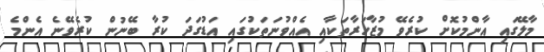
މާލޭގައި އާންމުކޮށް ކުރެވޭ މުޒާހަރާތަކާއި އެއްވުނަތަކުގައި އަޑުގަދަ ކުރާ ބޭނުން ކުރެވޭނެ އެންމެ